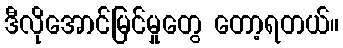
ဒီလိုအောင်မြင်မှုတွေ တော့ရတယ်။